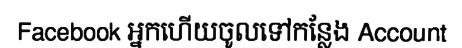
Facebook អ្នកហើយចូលទៅកន្លែង Account